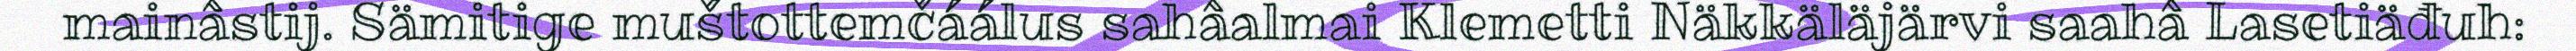
mainâstij. Sämitige muštottemčáálus sahâalmai Klemetti Näkkäläjärvi saahâ Lasetiäđuh: